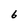
Character: 6